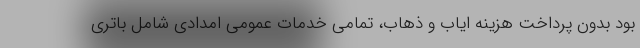
بود بدون پرداخت هزینه ایاب و ذهاب، تمامی خدمات عمومی امدادی شامل باتری